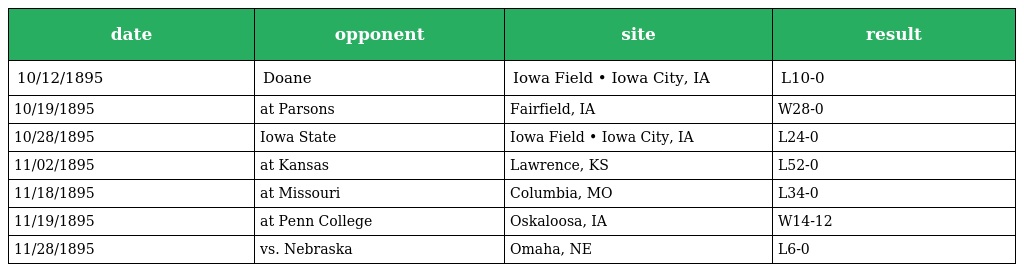
| date | opponent | site | result |
 | --- | --- | --- | --- |
 | 10/12/1895 | Doane | Iowa Field • Iowa City, IA | L10-0 |
 | 10/19/1895 | at Parsons | Fairfield, IA | W28-0 |
 | 10/28/1895 | Iowa State | Iowa Field • Iowa City, IA | L24-0 |
 | 11/02/1895 | at Kansas | Lawrence, KS | L52-0 |
 | 11/18/1895 | at Missouri | Columbia, MO | L34-0 |
 | 11/19/1895 | at Penn College | Oskaloosa, IA | W14-12 |
 | 11/28/1895 | vs. Nebraska | Omaha, NE | L6-0 |